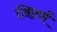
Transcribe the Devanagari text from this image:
जिटर्स